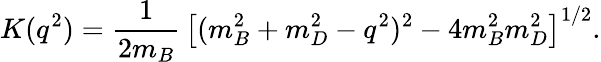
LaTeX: K(q^{2})={\frac{1}{2m_{B}}}\, \left[(m_{B}^{2}+m_{D}^{2}-q^{2})^{2}-4m_{B}^{2}m_{D}^{2}\right]^{1/2}.